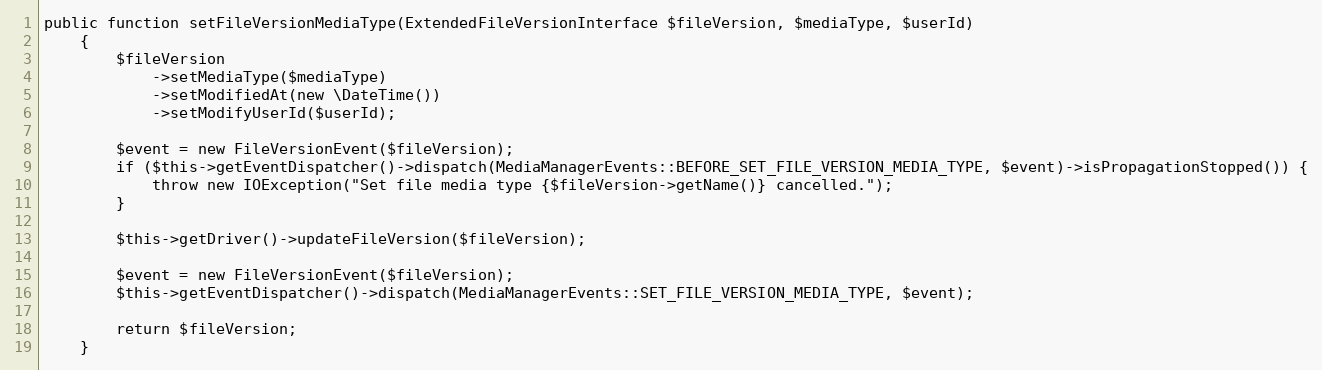
Language: PHP
public function setFileVersionMediaType(ExtendedFileVersionInterface $fileVersion, $mediaType, $userId)
    {
        $fileVersion
            ->setMediaType($mediaType)
            ->setModifiedAt(new \DateTime())
            ->setModifyUserId($userId);

        $event = new FileVersionEvent($fileVersion);
        if ($this->getEventDispatcher()->dispatch(MediaManagerEvents::BEFORE_SET_FILE_VERSION_MEDIA_TYPE, $event)->isPropagationStopped()) {
            throw new IOException("Set file media type {$fileVersion->getName()} cancelled.");
        }

        $this->getDriver()->updateFileVersion($fileVersion);

        $event = new FileVersionEvent($fileVersion);
        $this->getEventDispatcher()->dispatch(MediaManagerEvents::SET_FILE_VERSION_MEDIA_TYPE, $event);

        return $fileVersion;
    }